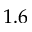
1 . 6